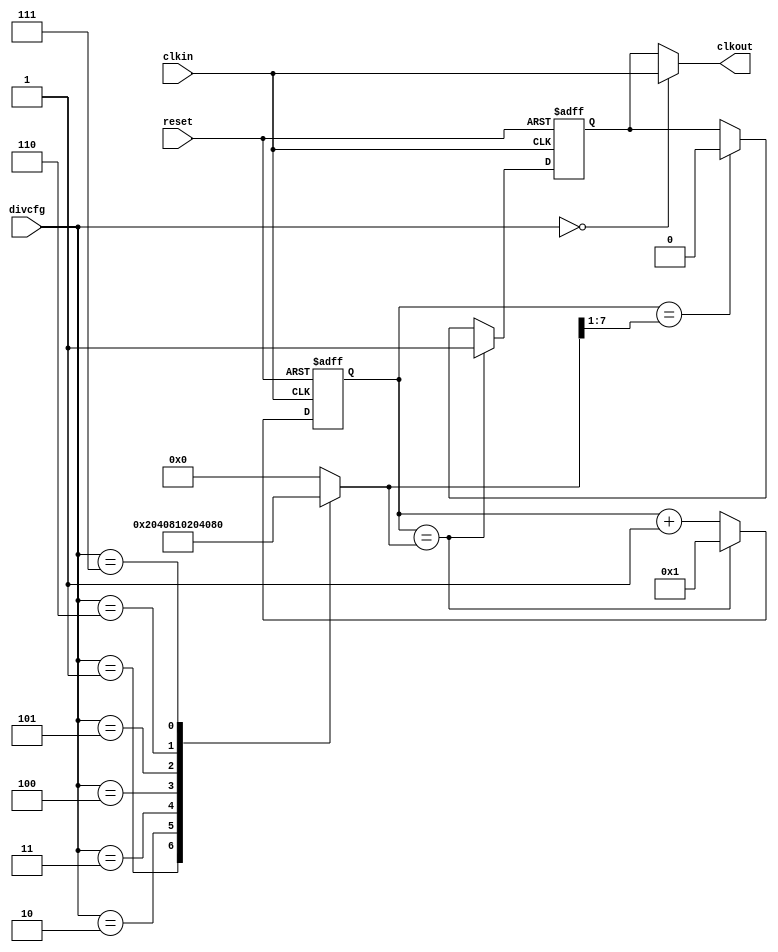
module clock_divider_17(
   clkout,
   clkin, divcfg, reset
   );
   input       clkin;    
   input [3:0] divcfg;   
   input       reset;    
   output      clkout;   
   reg        clkout_reg;
   reg [7:0]  counter;   
   reg [7:0]  divcfg_dec;
   reg [3:0]  divcfg_reg;
   wire       div_bp;   
   wire       posedge_match;
   wire       negedge_match;  
   always @ (divcfg[3:0])
     casez (divcfg[3:0])
	  4'b0001 : divcfg_dec[7:0] = 8'b00000010;  
	  4'b0010 : divcfg_dec[7:0] = 8'b00000100;  
	  4'b0011 : divcfg_dec[7:0] = 8'b00001000;  
	  4'b0100 : divcfg_dec[7:0] = 8'b00010000;  
          4'b0101 : divcfg_dec[7:0] = 8'b00100000;  
          4'b0110 : divcfg_dec[7:0] = 8'b01000000;  
          4'b0111 : divcfg_dec[7:0] = 8'b10000000;  
	  default : divcfg_dec[7:0] = 8'b00000000;   
	endcase
   always @ (posedge clkin or posedge reset)
     if(reset)
       counter[7:0] <= 8'b00000001;
     else if(posedge_match)
       counter[7:0] <= 8'b00000001;
     else
       counter[7:0] <= (counter[7:0] + 8'b00000001);
   assign posedge_match    = (counter[7:0]==divcfg_dec[7:0]);
   assign negedge_match    = (counter[7:0]=={1'b0,divcfg_dec[7:1]}); 
   always @ (posedge clkin or posedge reset)
     if(reset)
       clkout_reg <= 1'b0;   
     else if(posedge_match)
       clkout_reg <= 1'b1;
     else if(negedge_match)
       clkout_reg <= 1'b0;
   assign div_bp  = (divcfg[3:0]==4'b0000);
   assign clkout  = div_bp ? clkin : clkout_reg;
endmodule